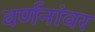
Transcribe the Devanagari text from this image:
वर्णनांवर